Indian journal of veterinary science and animal husbandry - Volume 5,
Year: 1935
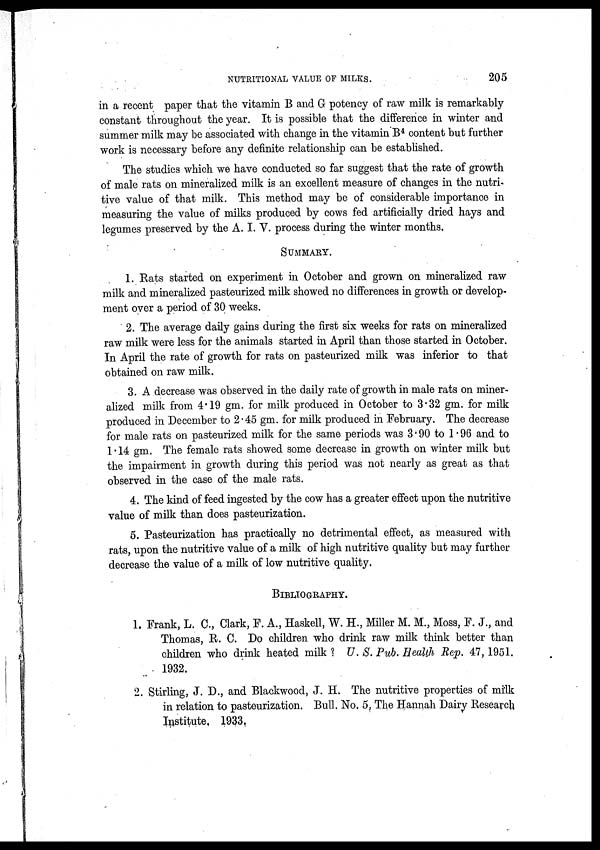
NUTRITIONAL VALUE OF MILKS.
205
in a recent paper that the vitamin B and G potency of raw milk is remarkably
constant throughout the year. It is possible that the difference in wniter and
summer milk may be associated with change in the vitamin B 4 content but further
work is necessary before any definite relationship can be established.
The studies which we have conducted so far suggest that the rate of growth
of male rats on mineralized milk is an excellent measure of changes in the nutri
tive value of that milk. This method may be of considerable importance in
measuring the value of milks produced by cows fed artificially dried hays and
legumes preserved by the A. I. V. process during the winter months.
SUMMARY.
1. Rats started on experiment in October and grown on mineralized raw
milk and mineralized pasteurized milk showed no differences in growth or develop-
ment over a period of 30 weeks.
2. The average daily gains during the first six weeks for rats on mineralized
raw milk were less for the animals started in April than those started in October.
In April the rate of growth for rats on pasteurized milk was inferior to that
obtained on raw milk.
3. A decrease was observed in the daily rate of growth in male rats on miner-
alized milk from 4.19 gm. for milk produced in October to 3.32 gm. for milk
produced in December to 2.45 gm. for milk produced in February. The decrease
for male rats on pasteurized milk for the same periods was 3.90 to 1.96 and to
1.14 gm. The female rats showed some decrease in growth on winter milk but
the impairment in growth during this period was not nearly as great as that
observed in the case of the male rats.
4. The kind of feed ingested by the cow has a greater effect upon the nutritive
value of milk than does pasteurization.
5. Pasteurization has practically no detrimental effect, as measured with
rats, upon the nutritive value of a milk of high nutritive quality but may further
decrease the value of a milk of low nutritive quality.
BIBLIOGRAPHY.
1. Frank, L. C, Clark, F. A., Haskell, W. H., Miller M. M., Moss, F. J., and
Thomas, R. C. Do children who drink raw milk think better than
children who drink heated milk ? U. S. Pub. Health Rep. 47, 1951.
1932.
2. Stirling, J. D., and Blackwood, J. H. The nutritive properties of milk
in relation to pasteurization. Bull. No. 5, The Hannah Dairy Research
Institute. 1933.